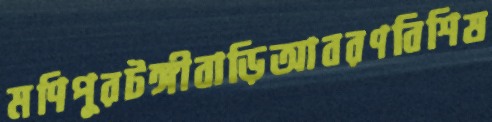
মণিপুরটঙ্গীবাড়িআবরণবিশিষ